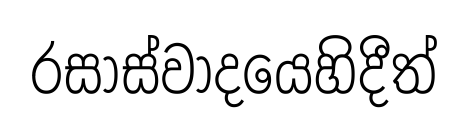
රසාස්වාදයෙහිදීත්